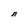
Character: A